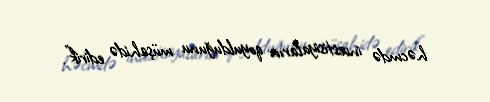
həcmdə investisiyaların qoyulduğunu müşahidə edirik”.